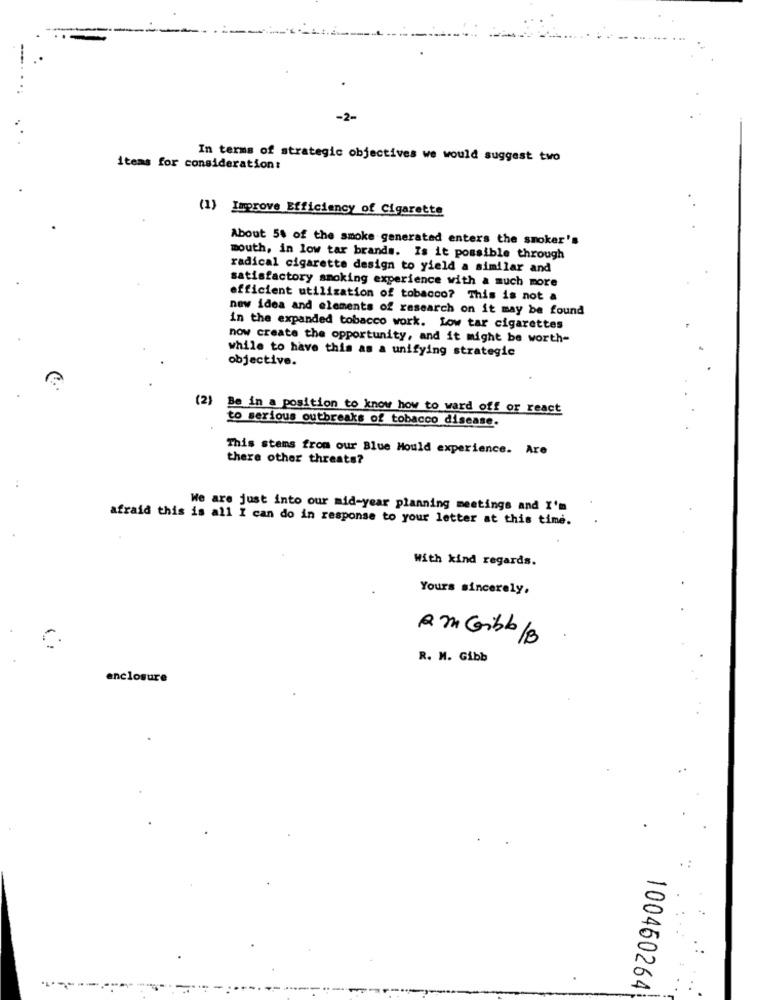
-2-
In terms of strategic objectives we would suggest two
items for consideration:
(1) Improve Efficiency of Cigarette
About 5% of the smoke generated enters the smoker's
mouth, in low tar brands. Is it possible through
radical cigarette design to yield a similar and
satisfactory smoking experience with a much more
efficient utilization of tobacco? This is not a
new idea and elements of research on it may be found
in the expanded tobacco work. Low tar cigarettes
now create the opportunity, and it might be worth-
while to have this as a unifying strategic
objective.
(2) Be in a position to know how to ward off or react
to serious outbreaks of tobacco disease.
This stems from our Blue Mould experience. Are
there other threats?
We are just into our mid-year planning meetings and I'm
afraid this is all I can do in response to your letter at this time.
With kind regards.
Yours sincerely,
Am Gibb/B
R. M. Gibb
enclosure
100460264